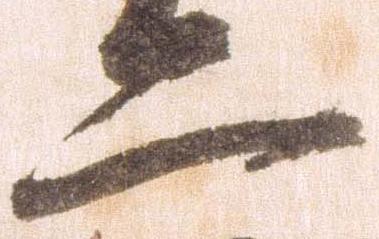
二